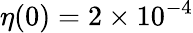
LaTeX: \eta(0)=2\times 10^{-4}